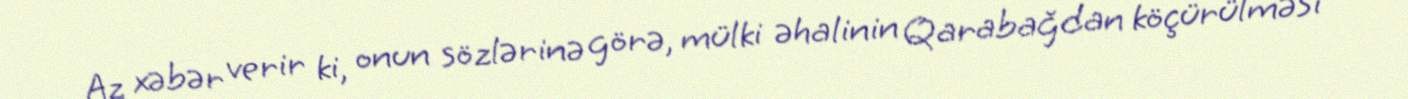
Az xəbər verir ki, onun sözlərinə görə, mülki əhalinin Qarabağdan köçürülməsi